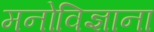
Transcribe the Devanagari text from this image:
मनोविज्ञाना